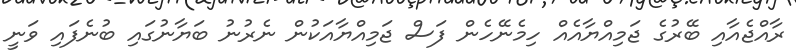
ރާއްޖެއާއި ބޭރުގެ ޖަމިއްޔާއެއް ހިމެނޭހެން ފަސް ޖަމިއްޔާއަކުން ނެރުނު ބަޔާނުގައި ބުނެފައި ވަނީ